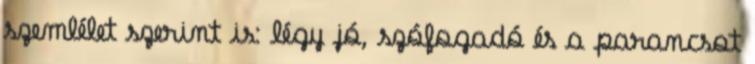
szemlélet szerint is: légy jó, szófogadó és a parancsot